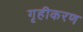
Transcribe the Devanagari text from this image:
गृहीकरण